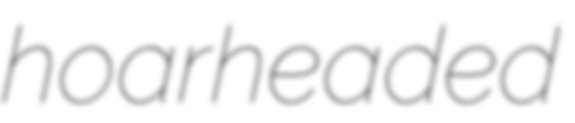
hoarheaded